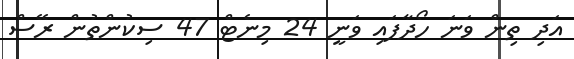
އަދި ތިން ވަނަ ހޯދާފައި ވަނީ 24 މިނެޓް 47 ސިކުންތުން ރޭސް